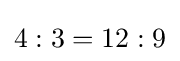
{\textstyle 4:3=12:9}